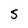
Character: 5